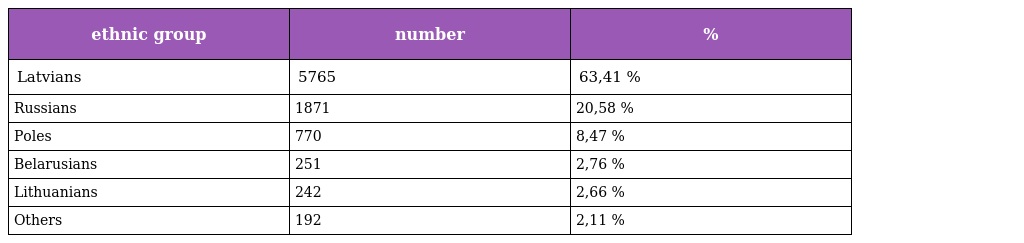
| ethnic group | number | % |
 | --- | --- | --- |
 | Latvians | 5765 | 63,41 % |
 | Russians | 1871 | 20,58 % |
 | Poles | 770 | 8,47 % |
 | Belarusians | 251 | 2,76 % |
 | Lithuanians | 242 | 2,66 % |
 | Others | 192 | 2,11 % |